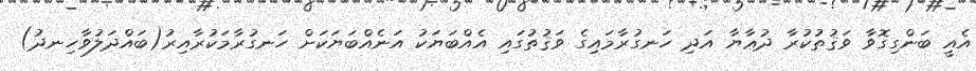
އެއީ ބަންގިގޮވާ ވަޤުތުކުރާ ދުޢާޔާ އަދި ހަނގުރާމައިގެ ވަޤުތުގައި އެއްބަޔަކު އަނެއްބަޔަކަށް ހަނގުރާމަކުރާއިރު(ބައްދަލުވާހިނދު)